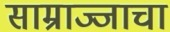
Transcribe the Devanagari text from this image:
साम्राज्जाचा